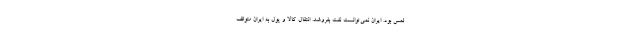
لمس بود. ایران نمی‌توانست نفت بفروشد. انتقال کالا و پول به ایران متوقف